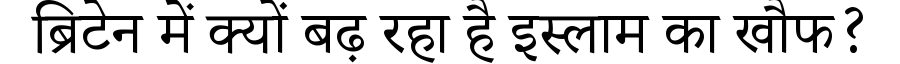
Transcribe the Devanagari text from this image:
ब्रिटेन में क्यों बढ़ रहा है इस्लाम का खौफ?